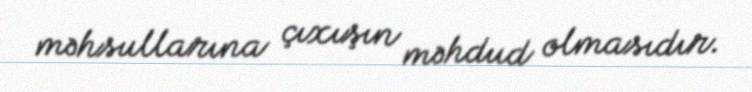
məhsullarına çıxışın məhdud olmasıdır.